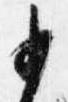
少